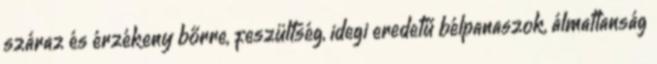
száraz és érzékeny bőrre, feszültség, idegi eredetű bélpanaszok, álmatlanság